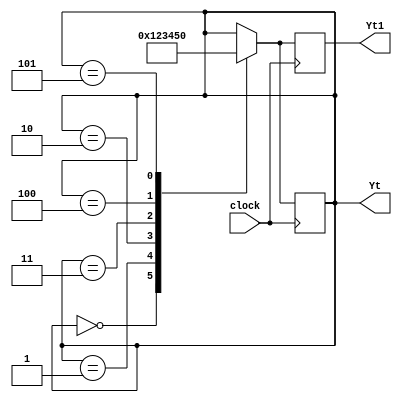
module sequence_generator(clock,Yt,Yt1);
	input clock;
	output [3:0] Yt,Yt1;
	reg[3:0] Yt,Yt1;
	
	initial begin
		Yt=3'b101;
	end
	always @(negedge clock)
		begin
			case(Yt)
				3'b000:
					begin
						Yt=3'b001;
					end
				3'b001:
					begin
						Yt=3'b010;
					end
				3'b010:
					begin
						Yt=3'b011;
					end
				3'b011:
					begin
						Yt=3'b100;
					end
				3'b100:
					begin
						Yt=3'b101;
					end
				3'b101:
					begin
						Yt=3'b000;
					end
			endcase
			Yt1<=Yt;
		end
endmodule